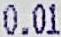
0.01